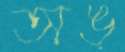
অঙ্